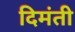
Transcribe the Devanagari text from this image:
दिमंती